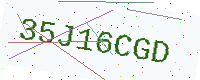
Text: 35J16CGD